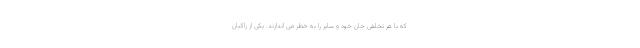
که با هر تخلفی جان خود و سایر را به خطر می اندازند. یکی از راکبان